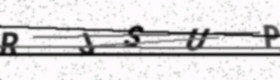
Text: RJSUP